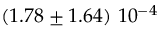
\left( 1 . 7 8 \pm 1 . 6 4 \right) \, 1 0 ^ { - 4 }